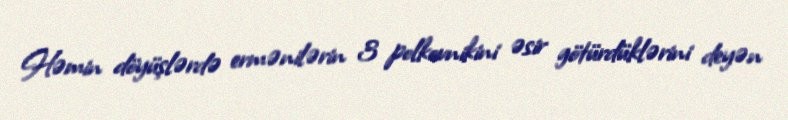
Həmin döyüşlərdə ermənilərin 3 polkovnikini əsir götürdüklərini deyən